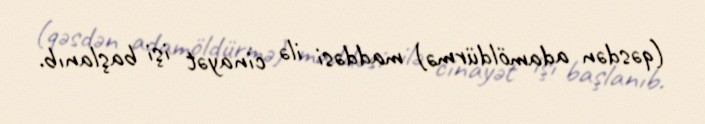
(qəsdən adamöldürmə) maddəsi ilə cinayət işi başlanıb.